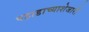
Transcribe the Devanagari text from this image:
पहाडाच्याशेजारी